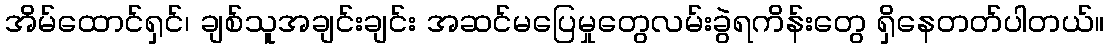
အိမ်ထောင်ရှင်၊ ချစ်သူအချင်းချင်း အဆင်မပြေမှုတွေလမ်းခွဲရကိန်းတွေ ရှိနေတတ်ပါတယ်။